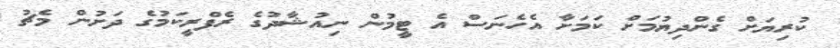
ކުރިޔަށް ގެންދިޔުމަށް ކަމަށާ އެހެނަސް އެ ޓީމުން ނިއުޝާދުގެ ރެފްރީކަމުގެ ދަށުން މެޗު